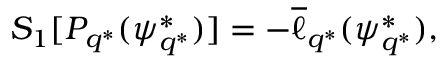
S _ { 1 } [ P _ { q ^ { * } } ( \psi _ { q ^ { * } } ^ { * } ) ] = - \overline { { \ell } } _ { q ^ { * } } ( \psi _ { q ^ { * } } ^ { * } ) ,